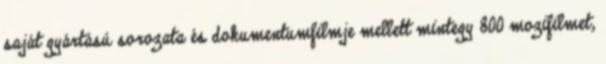
saját gyártású sorozata és dokumentumfilmje mellett mintegy 800 mozifilmet,